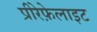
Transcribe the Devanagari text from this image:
प्रीरेफ़ेलाइट